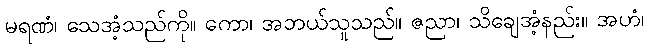
မရဏံ၊ သေအံ့သည်ကို။ ကော၊ အဘယ်သူသည်။ ဇညာ၊ သိချေအံ့နည်း။ အဟံ၊